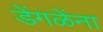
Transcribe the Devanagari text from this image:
डेंगळेंना